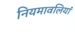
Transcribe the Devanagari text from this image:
नियमावलियां